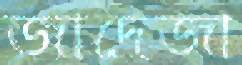
জাদেজা